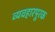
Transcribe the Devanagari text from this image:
व्यवहारपूरक